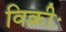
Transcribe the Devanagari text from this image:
विक्रीः